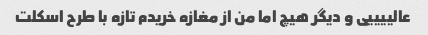
عالییییی و دیگر هیچ اما من از مغازه خریدم تازه با طرح اسکلت